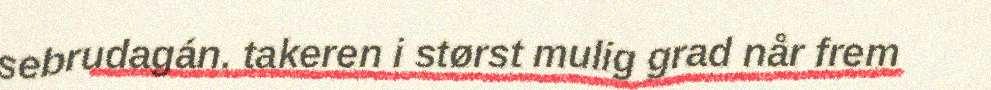
sebrudagán. takeren i størst mulig grad når frem